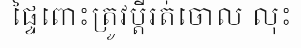
ផ្ទៃពោះត្រូវប្តីរត់ចោល លុះ